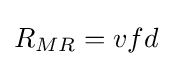
{R}_{MR}=vfd\,\!